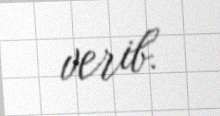
verib.